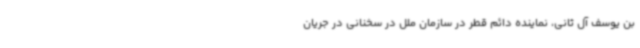
بن یوسف آل ثانی، نماینده دائم قطر در سازمان ملل در سخنانی در جریان